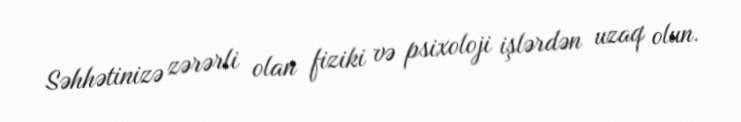
Səhhətinizə zərərli olan fiziki və psixoloji işlərdən uzaq olun.